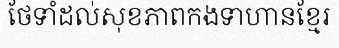
ថែទាំដល់សុខភាពកងទាហានខ្មែរ